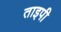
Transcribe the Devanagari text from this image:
ताइपी